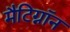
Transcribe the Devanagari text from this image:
मैटिग्नॉन